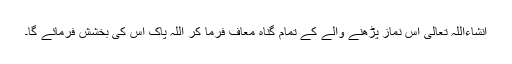
انشاءاللہ تعالٰی اس نماز پڑھنے والے کے تمام گناہ معاف فرما کر اللہ پاک اس کی بخشش فرمائے گا۔